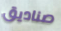
صناديق